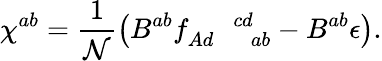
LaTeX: \chi^{ab}=\frac{1}{\mathcal{N}}\left(B^{ab}f_{Ad\, \, \, \, \, \, \, \, ab}^{\, \, \, \, \, \, \, \, \, cd}-B^{ab}\epsilon\right).